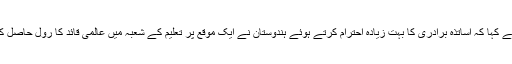
انہوں نے کہا کہ اساتذہ برادری کا بہت زیادہ احترام کرتے ہوئے ہندوستان نے ایک موقع پر تعلیم کے شعبہ میں عالمی قائد کا رول حاصل کیا تھا ۔